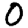
Digit: 0